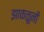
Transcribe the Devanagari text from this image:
झाकळुनी